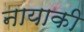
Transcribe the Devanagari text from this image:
नायाकी